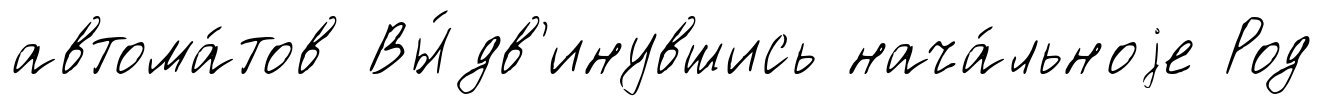
автома́тов Вы́дв'инувшись нача́льноjе Род